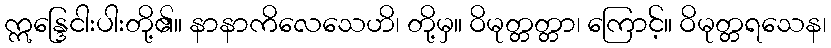
ဣန္ဒြေငါးပါးတို့၏။ နာနာကိလေသေဟိ၊ တို့မှ။ ဝိမုတ္တတ္တာ၊ ကြောင့်။ ဝိမုတ္တရသေန၊